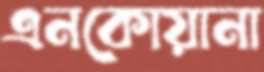
এনকোয়ানা